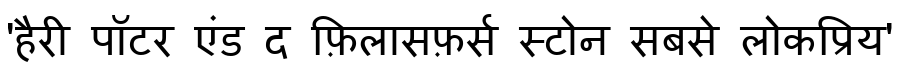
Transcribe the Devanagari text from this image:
'हैरी पॉटर एंड द फ़िलासफ़र्स स्टोन सबसे लोकप्रिय'